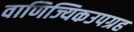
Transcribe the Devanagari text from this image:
वाणिज्यिकउपग्रह